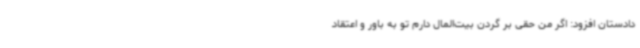
دادستان افزود: اگر من حقی بر گردن بیت‌المال دارم تو به باور و اعتقاد